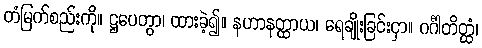
တံမြက်စည်းကို။ ဋ္ဌပေတွာ၊ ထားခဲ့၍။ နဟာနတ္ထာယ၊ ရေချိုးခြင်းငှာ။ ဂင်္ဂါတိတ္ထံ၊